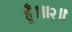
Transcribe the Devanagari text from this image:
हूँ।॥२॥